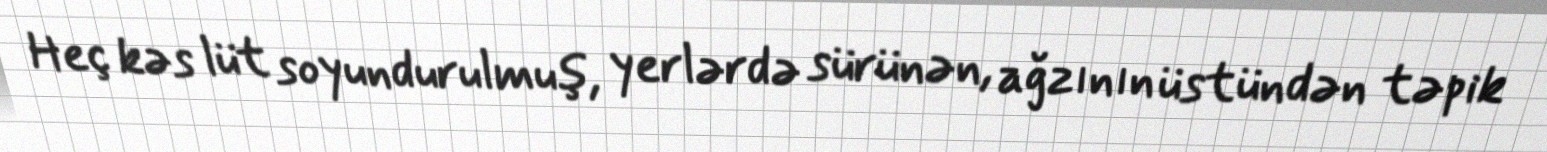
Heç kəs lüt soyundurulmuş, yerlərdə sürünən, ağzının üstündən təpik